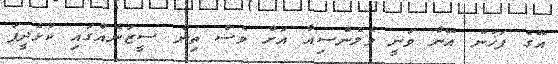
އޭގެ ފަހުން އޭނާ ވަނީ ވެލެންސިއާ އަށް ވެސް ތިން ސީޒަނެއްގައި ކުޅެދީފަ